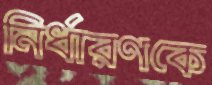
নির্ধারণকে